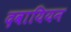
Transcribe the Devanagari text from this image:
दवायियन